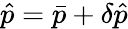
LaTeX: \hat{p}=\bar{p}+\delta\hat{p}